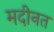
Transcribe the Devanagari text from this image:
मदीनत